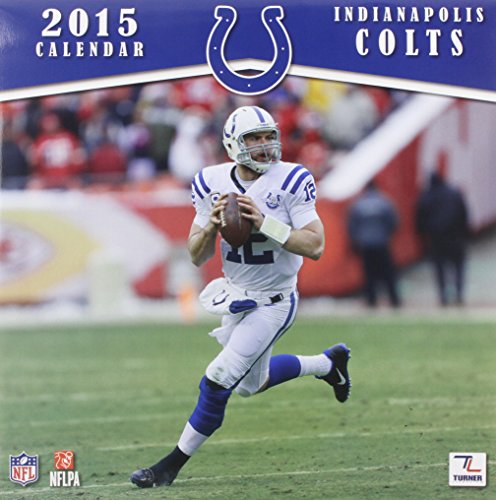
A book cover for Indianapolis Colts Calendar; Calendars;